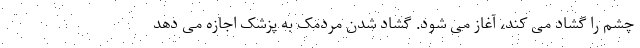
چشم را گشاد می کند، آغاز می شود. گشاد شدن مردمک به پزشک اجازه می دهد